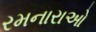
રમનારાઓ